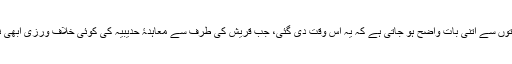
تاہم آگے کی آیتوں سے اتنی بات واضح ہو جاتی ہے کہ یہ اُس وقت دی گئی، جب قریش کی طرف سے معاہدۂ حدیبیہ کی کوئی خلاف ورزی ابھی نہیں ہوئی تھی۔